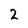
Character: 2